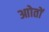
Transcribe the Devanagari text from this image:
आोतों